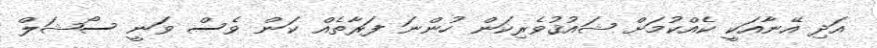
އަދި އޭނާއަކީ ކެއްކުމަށް ޝައުޤުވެރިކަން ހުންނަ ފަރާތެއް ކަން ވެސް ވަނީ ސޯޝަލް